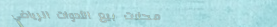
محلات بيع الأدوات الرياضي